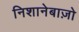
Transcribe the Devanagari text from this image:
निशानेबाज़ो